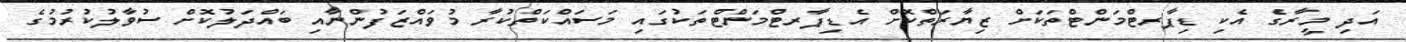
އަދި މީރާގެ އެކި ޑިޕާރޓްމަންޓްތަކަށް ޒިޔާރަތްކޮށް އެޑިޕާރޓްމަންޓްތަކުގައި މަސައްކަތްކުރާ މުވައްޒަފުންނާއި ބައްދަލުކޮށް ސުވާލުކުރުމުގެ